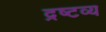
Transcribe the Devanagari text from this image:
द्रष्‍टव्य